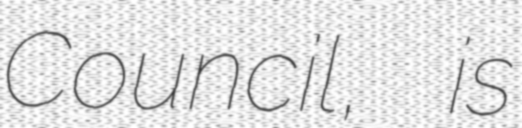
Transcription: Council, is